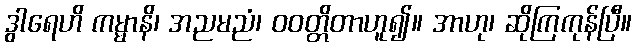
ဒွါရေဟိ ကမ္မာနိ၊ အညမညံ၊ ဝဝတ္တိတာဟူ၍။ အာဟု၊ ဆိုကြကုန်ပြီ။